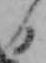
日